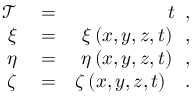
\begin{array} { r l r } { \mathcal { T } } & { { } = } & { t \, \mathrm { ~ , ~ } } \\ { \xi } & { { } = } & { \xi \left( x , y , z , t \right) \, \mathrm { ~ , ~ } } \\ { \eta } & { { } = } & { \eta \left( x , y , z , t \right) \, \mathrm { ~ , ~ } } \\ { \zeta } & { { } = } & { \zeta \left( x , y , z , t \right) \ \, \mathrm { ~ . ~ } } \end{array}